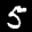
Label: 5